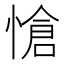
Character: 愴